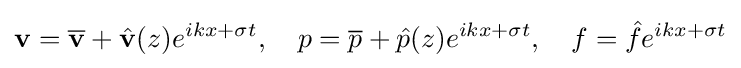
\mathbf {v} ={\overline {\mathbf {v} }}+{\hat {\mathbf {v} }}(z)e^{ikx+\sigma t},\quad p={\overline {p}}+{\hat {p}}(z)e^{ikx+\sigma t},\quad f={\hat {f}}e^{ikx+\sigma t}